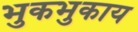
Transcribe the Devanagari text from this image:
भुकभुकाय